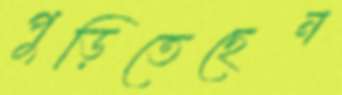
পুড়িতেছেন